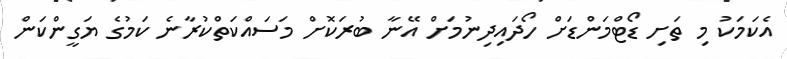
އެކަމަކު މި ތަށި ޑޯޓްމަންޑަށް ހޯދައިދިނުމަށް އޭނާ ބުރަކޮށް މަސައްކަތްކުރާނެ ކަމުގެ ޔަގީންކަން